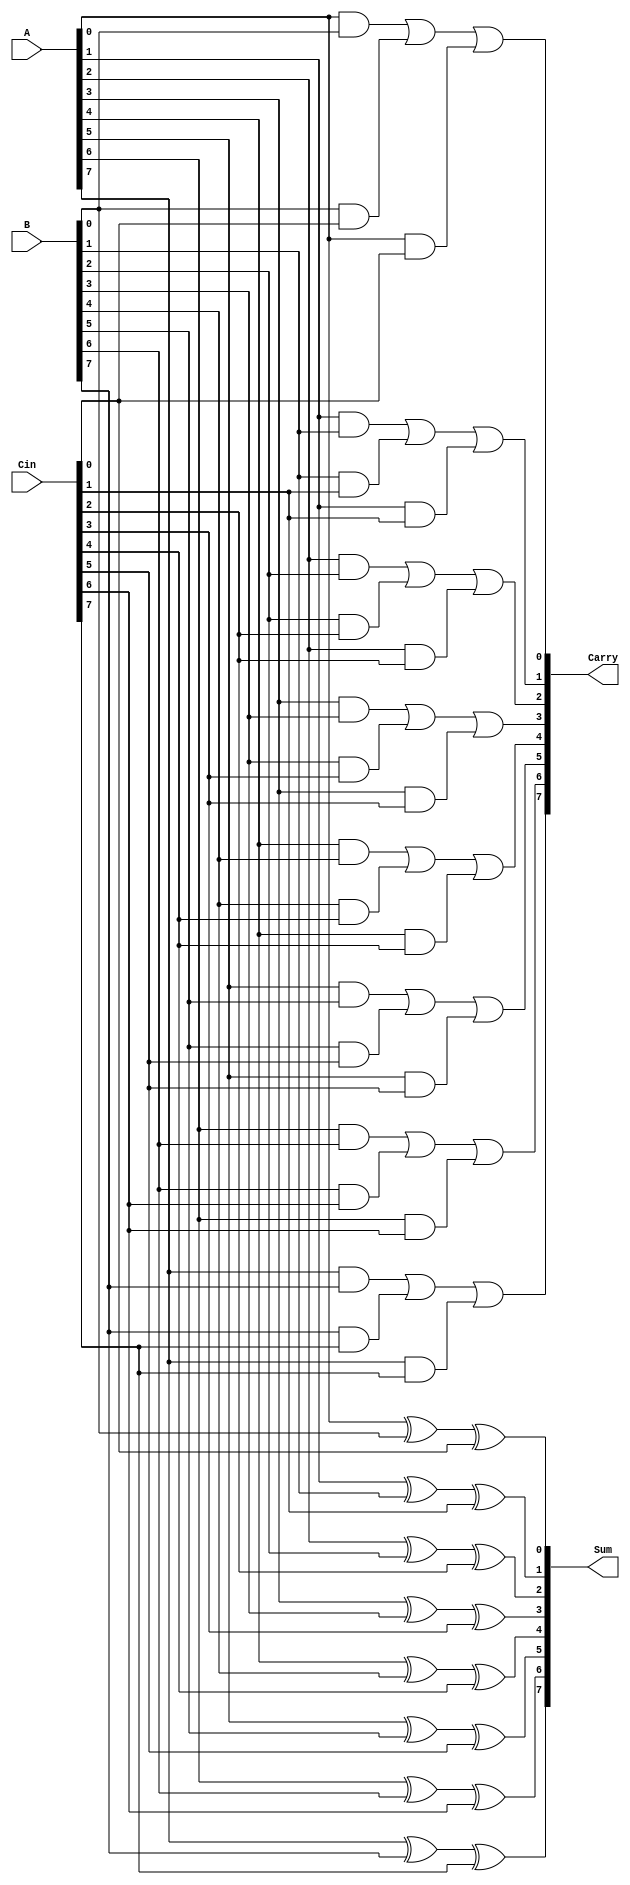
module CarrySaveAdder #(parameter n = 8) (
    input  [n-1:0] A,      // First input
    input  [n-1:0] B,      // Second input
    input  [n-1:0] Cin,    // Carry-in input
    output [n-1:0] Sum,     // Sum output
    output [n-1:0] Carry    // Carry output
);

    // Generate Sum using XOR gates
    genvar i;
    generate
        for (i = 0; i < n; i = i + 1) begin : sum_calculation
            assign Sum[i] = A[i] ^ B[i] ^ Cin[i];
        end
    endgenerate

    // Generate Carry using AND and OR gates
    wire [n-1:0] carry_ab; // Intermediate carry for A and B
    wire [n-1:0] carry_bc; // Intermediate carry for B and Cin
    wire [n-1:0] carry_ac; // Intermediate carry for A and Cin

    generate
        for (i = 0; i < n; i = i + 1) begin : carry_calculation
            assign carry_ab[i] = A[i] & B[i]; // A AND B
            assign carry_bc[i] = B[i] & Cin[i]; // B AND Cin
            assign carry_ac[i] = A[i] & Cin[i]; // A AND Cin
            
            // Final Carry output using OR
            assign Carry[i] = carry_ab[i] | carry_bc[i] | carry_ac[i];
        end
    endgenerate

endmodule